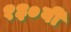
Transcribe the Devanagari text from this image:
१३०वी